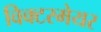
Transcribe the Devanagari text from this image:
विक्टरमेयर